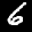
Label: 6